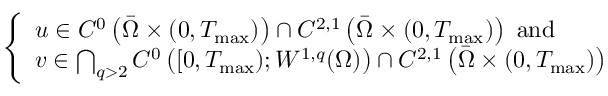
\left\{ \begin{array} { l l } { u \in C ^ { 0 } \left( \Bar { \Omega } \times ( 0 , T _ { \mathrm { m a x } } ) \right) \cap C ^ { 2 , 1 } \left( \Bar { \Omega } \times ( 0 , T _ { \mathrm { m a x } } ) \right) \mathrm { ~ a n d } } \\ { v \in \bigcap _ { q > 2 } C ^ { 0 } \left( [ 0 , T _ { \mathrm { m a x } } ) ; W ^ { 1 , q } ( \Omega ) \right) \cap C ^ { 2 , 1 } \left( \Bar { \Omega } \times ( 0 , T _ { \mathrm { m a x } } ) \right) } \end{array} \right.